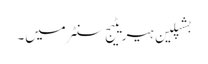
بشپلین ہیریٹیج سنٹر میں۔